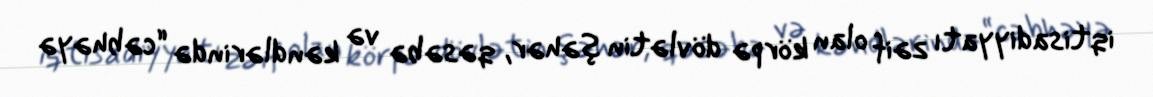
iqtisadiyyatı zəif olan körpə dövlətin şəhər, qəsəbə və kəndlərində “cəbhəyə